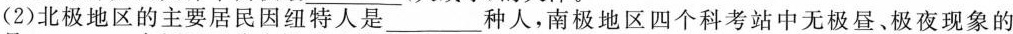
(2)北极地区的主要居民因纽特人是___种人，南极地区四个科考站中无极昼、极夜现象的